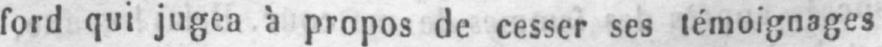
ford qui jugea à propos de cesser ses témoignages